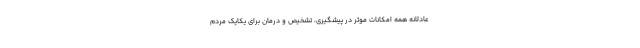
عادلانه همه امکانات موثر در پیشگیری، تشخیص و درمان برای یکایک مردم